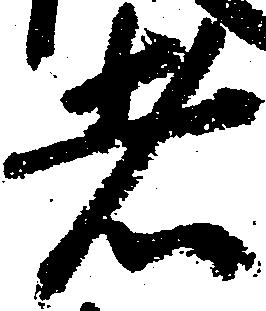
者